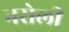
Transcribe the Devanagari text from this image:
नरोली